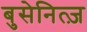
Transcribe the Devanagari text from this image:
बुसेनित्ज़